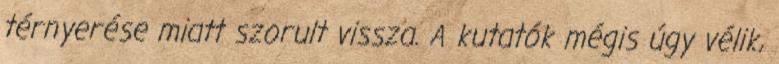
térnyerése miatt szorult vissza. A kutatók mégis úgy vélik,